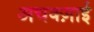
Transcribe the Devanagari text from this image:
अचक्ज़ाई